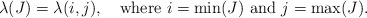
\begin{align*}\lambda (J) = \lambda(i,j),\ \ \mbox{ where } i = \min (J) \mbox{ and }j=\max(J).\end{align*}